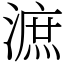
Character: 㵂